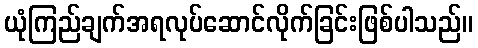
ယုံကြည်ချက်အရလုပ်ဆောင်လိုက်ခြင်းဖြစ်ပါသည်။